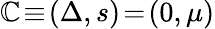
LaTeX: \mathbb{C}\! \equiv\! (\Delta,s)\! =\! (0,\mu)